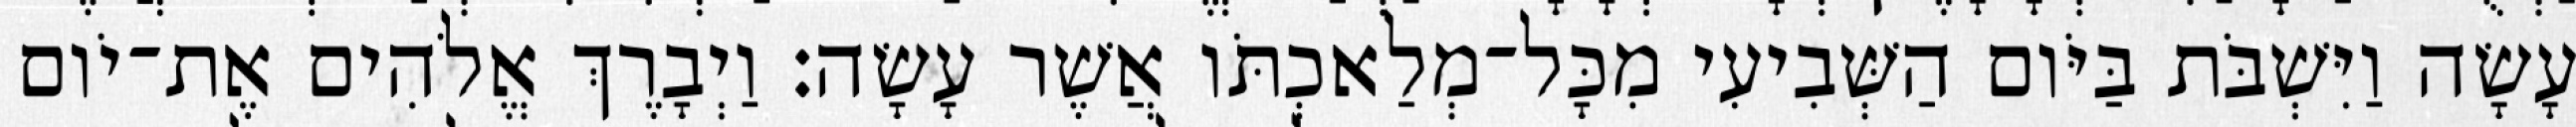
עָשָׂה וַיִּשְׁבֹּת בַּיֹּום הַשְּׁבִיעִי מִכָּל־מְלַאכְתֹּו אֲשֶׁר עָשָׂה׃ וַיְבָרֶךְ אֱלֹהִים אֶת־יֹום